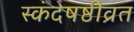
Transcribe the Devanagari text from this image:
स्कंदषष्ठीव्रत